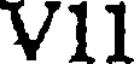
V11